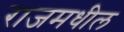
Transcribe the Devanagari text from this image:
राजमधील